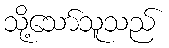
သို့သော်သူသည်